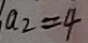
a _ { 2 } = 4